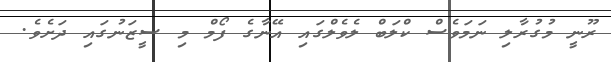
ރޫނީ މުގުރާލި ނަމަވެސް ކްލަބް ލެވެލްގައި އޭނާގެ ފޯމް މި ސީޒަނުގައި ދަށެވެ.